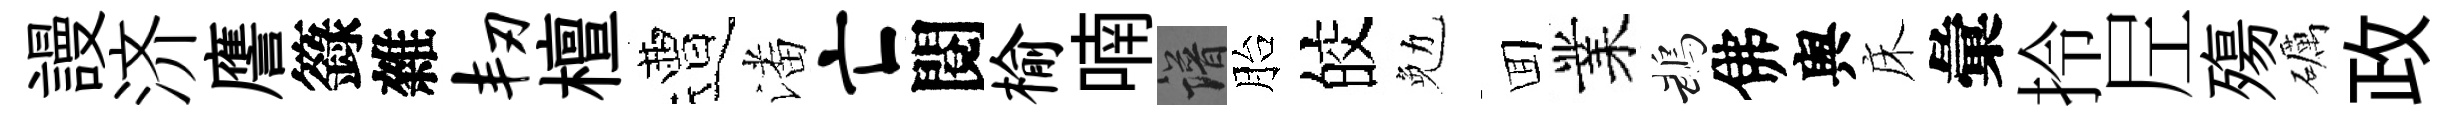
謾济譍籙雜韧檀遭潘亡閱榆喃譜胎皎勉囬業鵡佛舆床彙拎𡰱殤礪政